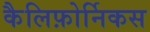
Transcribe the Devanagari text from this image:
कैलिफ़ोर्निकस